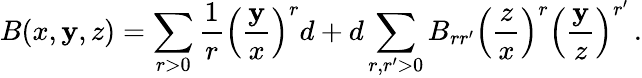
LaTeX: B(x,\mathbf{y},z)=\sum_{r>0}{\frac{{1}}{{r}}}\left({\frac{{\mathbf{y}}}{{x}}}\right)^{r}d+d\sum_{r,r^{\prime}>0}B_{rr^{\prime}}\left({\frac{{z}}{{x}}}\right)^{r}\left({\frac{{\mathbf{y}}}{{z}}}\right)^{r^{\prime}}\, .